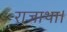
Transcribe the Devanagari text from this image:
राजाथा।